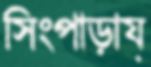
সিংপাড়ায়